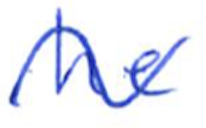
Text: he
Cross-out: wave
Writing tool: ballpoint